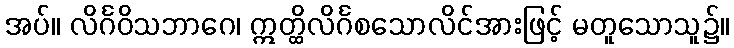
အပ်။ လိင်္ဂဝိသဘာဂေ၊ ဣတ္ထိလိင်္ဂစသောလိင်အားဖြင့် မတူသောသူ၌။